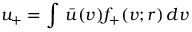
u _ { + } = \int \, \bar { u } ( v ) f _ { + } ( v ; r ) \, d v